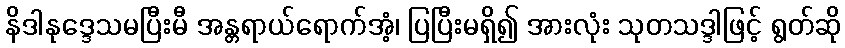
နိဒါနုဒ္ဒေသမပြီးမီ အန္တရာယ်ရောက်အံ့၊ ပြပြီးမရှိ၍ အားလုံး သုတသဒ္ဒါဖြင့် ရွတ်ဆို